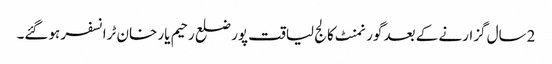
2سال گزارنے کے بعد گورنمنٹ کالج لیاقت پور ضلع رحیم یار خان ٹرانسفر ہوگئے۔